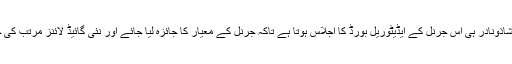
لیکن شاذونادر ہی اُس جرنل کے ایڈیٹوریل بورڈ کا اجلاس ہوتا ہے تاکہ جرنل کے معیار کا جائزہ لیا جائے اور نئی گائیڈ لائنز مرتب کی جائیں۔